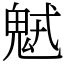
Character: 𩲭